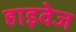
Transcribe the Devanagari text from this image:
हाइवेज